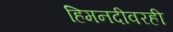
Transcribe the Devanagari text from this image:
हिमनदीवरही